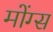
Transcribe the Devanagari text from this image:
मोंग्स